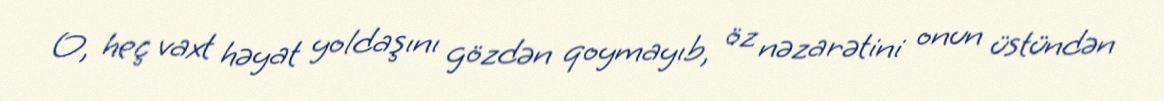
O, heç vaxt həyat yoldaşını gözdən qoymayıb, öz nəzarətini onun üstündən